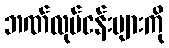
ဘဏ်လုပ်ငန်းများကို